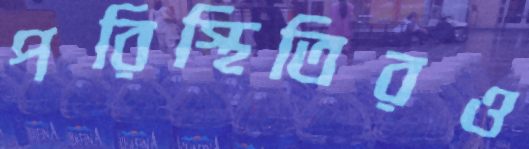
পরিস্থিতিরও